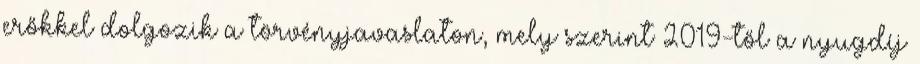
erőkkel dolgozik a törvényjavaslaton, mely szerint 2019-től a nyugdíj